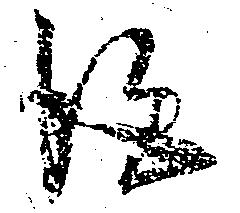
得